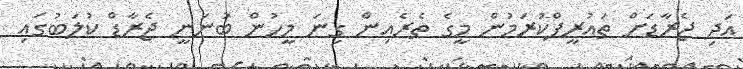
އަދި ޖެރާޑަށް ތައުރީފްކުރަމުން މީގެ ތެރެއިން ގިނަ މީހުން ބުނަނީ ޖެރާޑް ކުލަބުގައި